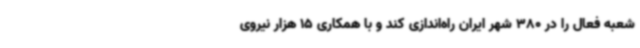
شعبه فعال را در 380 شهر ایران راه‌اندازی کند و با همکاری 15 هزار نیروی